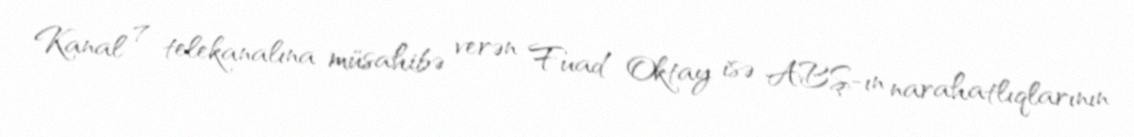
Kanal 7 telekanalına müsahibə verən Fuad Oktay isə ABŞ-ın narahatlıqlarının